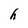
Character: h